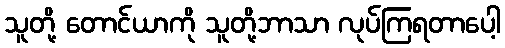
သူတို့ တောင်ယာကို သူတို့ဘာသာ လုပ်ကြရတာပေါ့